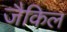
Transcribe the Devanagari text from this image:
जैकिल